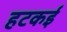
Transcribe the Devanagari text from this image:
हटकई